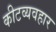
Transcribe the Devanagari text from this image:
कीटव्यवहार